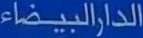
الدارالبيضاء